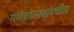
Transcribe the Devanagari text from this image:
गणेशोत्सवामधील